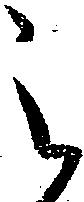
之